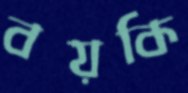
বয়কি